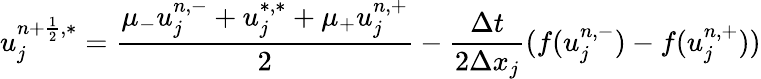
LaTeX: u_{j}^{n+\frac{1}{2},\ast}=\frac{\mu_{-}u_{j}^{n,-}+u_{j}^{*,*}+\mu_{+}u_{j}^{n,+}}{2}-\frac{\Delta t}{2\Delta x_{j}}(f(u_{j}^{n,-})-f(u_{j}^{n,+}))